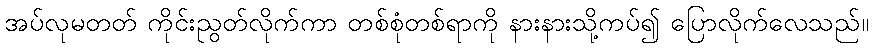
အပ်လုမတတ် ကိုင်းညွတ်လိုက်ကာ တစ်စုံတစ်ရာကို နားနားသို့ကပ်၍ ပြောလိုက်လေသည်။